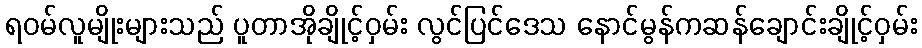
ရဝမ်လူမျိုးများသည် ပူတာအိုချိုင့်ဝှမ်း လွင်ပြင်ဒေသ နောင်မွန်ကဆန်ချောင်းချိုင့်ဝှမ်း